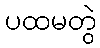
ပထမတွဲ